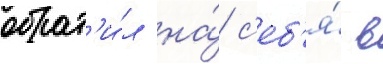
обрат'и́л на́ с'еб'я́ в